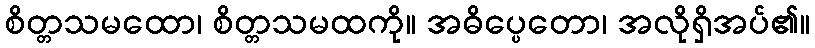
စိတ္တသမထော၊ စိတ္တသမထကို။ အဓိပ္ပေတော၊ အလိုရှိအပ်၏။